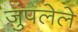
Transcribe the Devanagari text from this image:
जुंपलेले